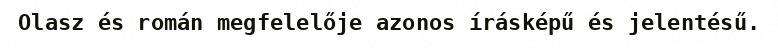
Olasz és román megfelelője azonos írásképű és jelentésű.